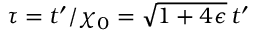
\tau = t ^ { \prime } / \chi _ { 0 } = \sqrt { 1 + 4 \epsilon } \, t ^ { \prime }